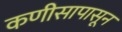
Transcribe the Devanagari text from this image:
कणीसापासून